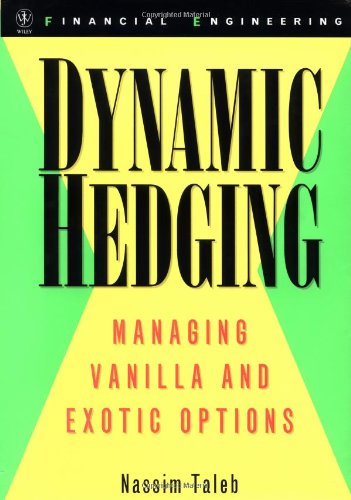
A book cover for Dynamic Hedging: Managing Vanilla and Exotic Options; Nassim Nicholas Taleb; Business & Money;